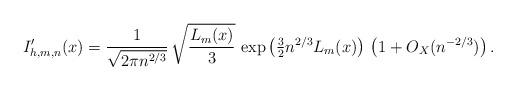
LaTeX: \begin{align*}I'_{h,m,n}(x)=\frac{ 1}{ \sqrt{ 2 \pi n^{2/3}} } \, \sqrt{ \frac{ L_m(x) }{3}} \, \exp\left( \tfrac{3}{2} n^{2/3} L_m(x)\right)\, \left( 1+ O_X( n^{ - 2/3}) \right) .\end{align*}